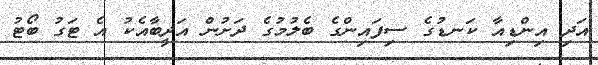
އަދި އިންޑިއާ ކަނޑުގެ ސިފައިންގެ ބެލުމުގެ ދަށުން އަދީބާއެކު އެ ޓަގު ބޯޓު